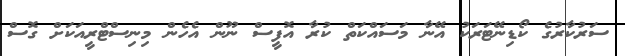
ސަރުކާރުގެ ކޯޑިނޭޓަރަކު އޭނާ މަސައްކަތް ކުރާ އޮފީސް ނޫން އެހެން މިނިސްޓްރީއަކަށް ގޮސް